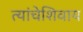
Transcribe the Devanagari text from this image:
त्यांचेशिवाय